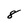
Character: 8